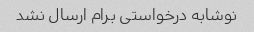
نوشابه درخواستی برام ارسال نشد